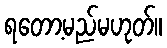
ရတော့မည်မဟုတ်။